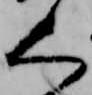
く